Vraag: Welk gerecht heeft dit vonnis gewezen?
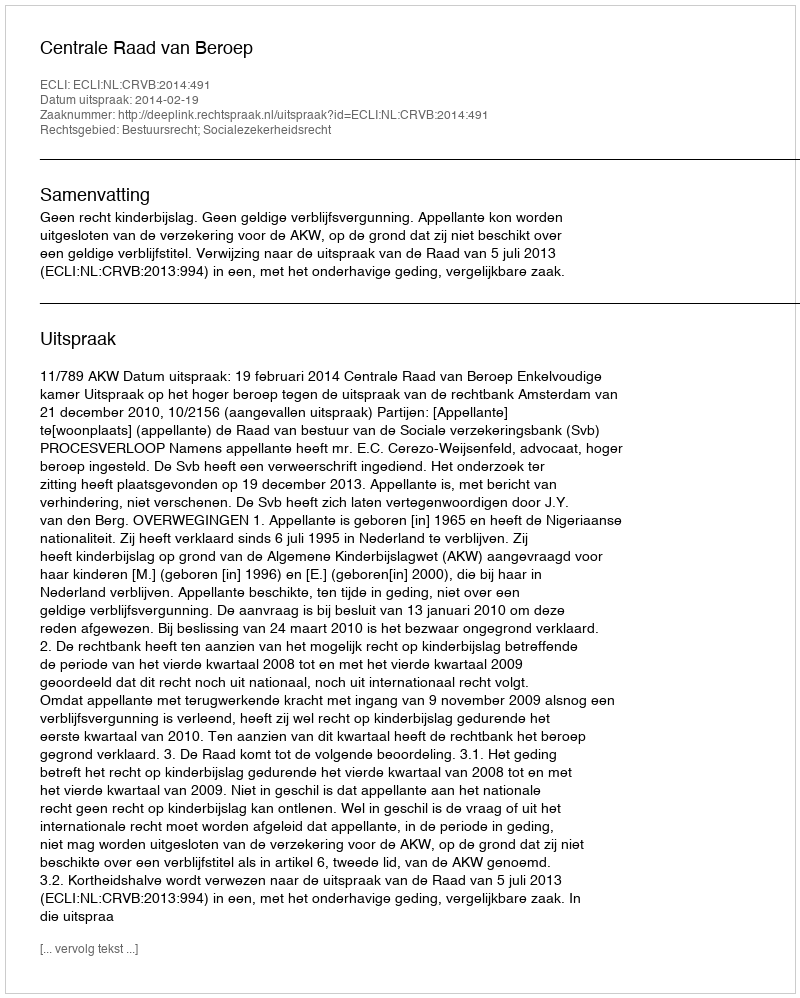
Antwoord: Centrale Raad van Beroep